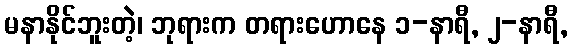
မနာနိုင်ဘူးတဲ့၊ ဘုရားက တရားဟောနေ ၁-နာရီ, ၂-နာရီ,